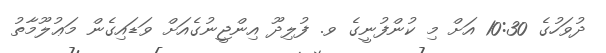
ދުވަހުގެ 10:30 އަށް މި ކުންފުނީގެ ވ. ފުލިދޫ އިންޖީނުގެއަށް ވަޑައިގެން މަޢުލޫމާތު